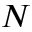
N